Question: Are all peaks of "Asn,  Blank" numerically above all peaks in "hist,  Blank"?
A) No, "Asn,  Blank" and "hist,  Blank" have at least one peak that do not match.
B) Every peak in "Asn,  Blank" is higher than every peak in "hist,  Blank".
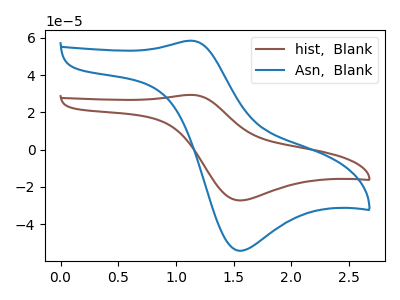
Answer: <think>The brown curve "hist,  Blank" has an anodic peak at (1.15V, 29.40uA) and a cathodic peak at (1.55V, -27.25uA). The blue curve "Asn,  Blank" has an anodic peak at (1.15V, 58.45uA) and a cathodic peak at (1.55V, -54.25uA).</think>
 <answer>B) Every peak in "Asn,  Blank" is higher than every peak in "hist,  Blank".</answer>
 <eval>B</eval>